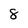
Character: 8